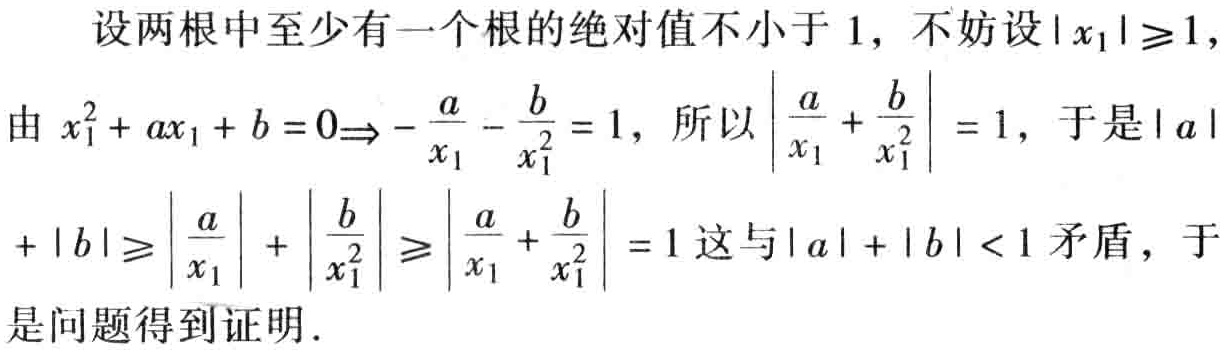
设两根中至少有一个根的绝对值不小于 \(1\)，不妨设\(\vert x_{1}\vert\geqslant1\)，
由 \(x_{1}^{2}+ax_{1}+b = 0\Rightarrow-\frac{a}{x_{1}}-\frac{b}{x_{1}^{2}} = 1\)，所以\(\left|\frac{a}{x_{1}}+\frac{b}{x_{1}^{2}}\right| = 1\)，于是\(\vert a\vert\)
\(+\vert b\vert\geqslant\left|\frac{a}{x_{1}}\right|+\left|\frac{b}{x_{1}^{2}}\right|\geqslant\left|\frac{a}{x_{1}}+\frac{b}{x_{1}^{2}}\right| = 1\)这与\(\vert a\vert+\vert b\vert<1\)矛盾，于
是问题得到证明.